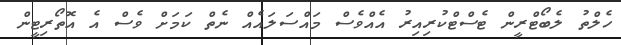
ހެލްތު ލެބޯޓްރީން ޓެސްޓްކުރިއިރު އެއްވެސް މައްސަލައެއް ނެތް ކަމަށް ވެސް އެ އޮތޯރިޓީން